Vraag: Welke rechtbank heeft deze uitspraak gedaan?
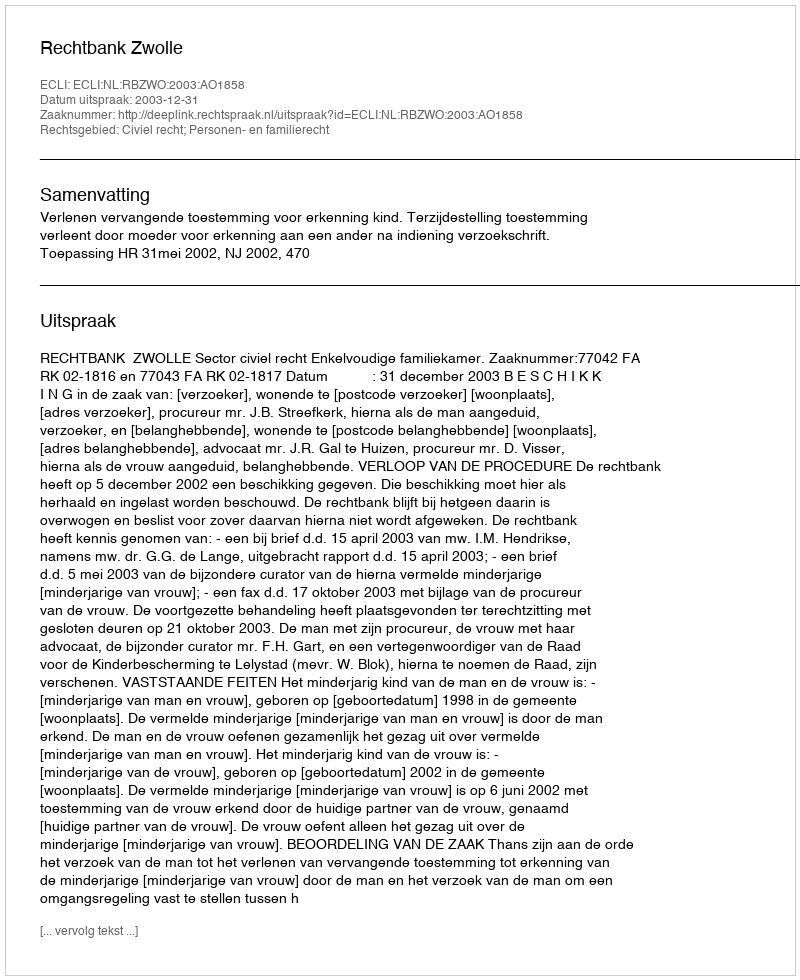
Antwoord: Rechtbank Zwolle